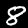
Label: 8